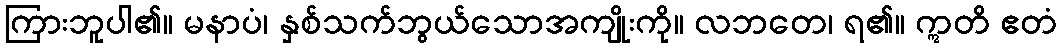
ကြားဘူပါ၏။ မနာပံ၊ နှစ်သက်ဘွယ်သောအကျိုးကို။ လဘတေ၊ ရ၏။ ဣတိ ဧတံ